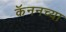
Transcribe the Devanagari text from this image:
कॅननच्या